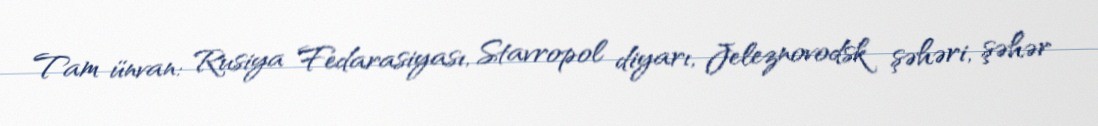
Tam ünvan: Rusiya Fedarasiyası, Stavropol diyarı, Jeleznovodsk şəhəri, şəhər